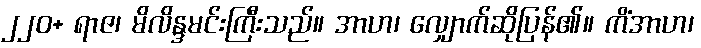
၂၂၀+ ရာဇ၊ မိလိန္ဒမင်းကြီးသည်။ အာဟ၊ လျှောက်ဆိုပြန်၏။ ကိံအာဟ၊